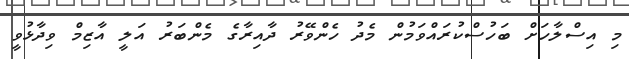
މި އިސްލާހަށް ބަހުސްކުރައްވަމުން މެދު ހެންވޭރު ދާއިރާގެ މެންބަރު އަލީ އާޒިމް ވިދާޅުވީ